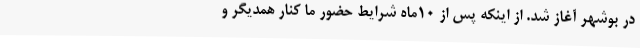
در بوشهر آغاز شد. از اینکه پس از 10ماه شرایط حضور ما کنار همدیگر و